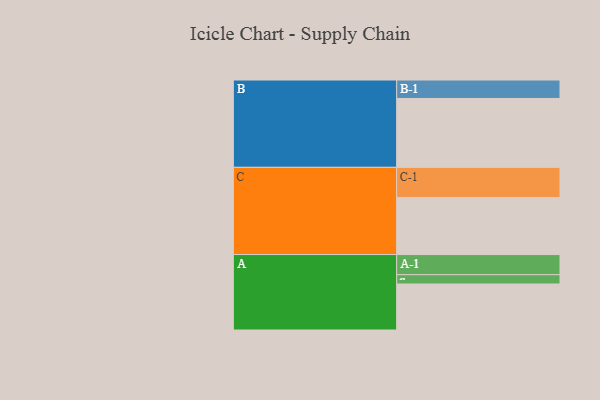
{"axis": {"x": "Segment", "y": "Value"}, "legend": ["", "A", "B", "C"], "data": [{"x": "A", "y": 391, "type": ""}, {"x": "B", "y": 585, "type": ""}, {"x": "C", "y": 484, "type": ""}, {"x": "A-1", "y": 171, "type": "A"}, {"x": "A-2", "y": 79, "type": "A"}, {"x": "B-1", "y": 157, "type": "B"}, {"x": "C-1", "y": 257, "type": "C"}]}